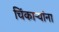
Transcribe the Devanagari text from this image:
चिंकाऱ्यांना